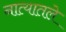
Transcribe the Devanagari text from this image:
नात्यातले